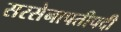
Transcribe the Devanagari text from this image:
सरसेनापतीपदी